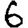
Digit: 6